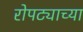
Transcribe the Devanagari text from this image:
रोपट्याच्या